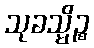
သုခသ္မိဉ္စ